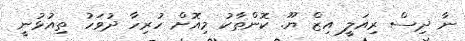
ނާ ދިސް ރިއަލީ އިޒް ޔޫ. ކޮންތާކު މިއޮށް ހުރިހާ ދުވަހު ތިއުޅުނީ